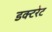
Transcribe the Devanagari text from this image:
डक्टरेट